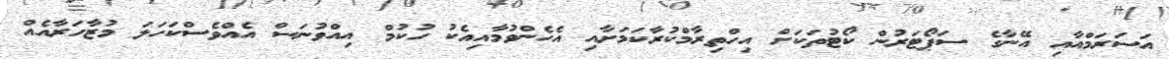
އަސަރަމްއާއި އޭނާގެ ސަޕޯޓަރުން ކޯޓުތަކަށް އިހްތިރާމްކުރާކަމަށާއި އެހެންވުމާއިއެކު ހުކުމް އިއްވުނަސް އެއްވެސްކަހަލަ މުޒާހަރާއެއް